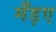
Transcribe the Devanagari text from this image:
मँड़ए